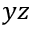
y z